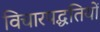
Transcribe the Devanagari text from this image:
विचारपद्धतियों